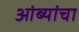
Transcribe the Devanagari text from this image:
आंब्यांचा